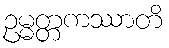
ဥမ္မတ္တကဿာတိ